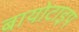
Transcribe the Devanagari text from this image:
बायोटाइप